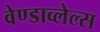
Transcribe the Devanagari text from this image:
वेण्डाव्लेल्स